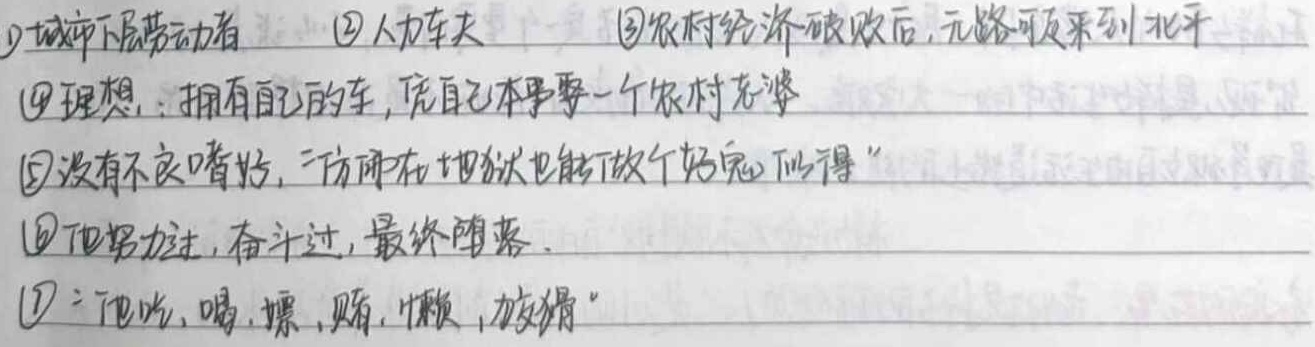
\textcircled{1}城市下层劳动者
\textcircled{2}人力车夫
\textcircled{3}农村经济破败后，无路可走来到北平
\textcircled{4}理想：拥有自己的车，凭自己本事娶一个农村老婆
\textcircled{5}没有不良嗜好，“仿佛在地狱也能做个好鬼似得”
\textcircled{6}他努力过，奋斗过，最终堕落。
\textcircled{7}“他吃，喝，嫖，赌，懒，狡猾”